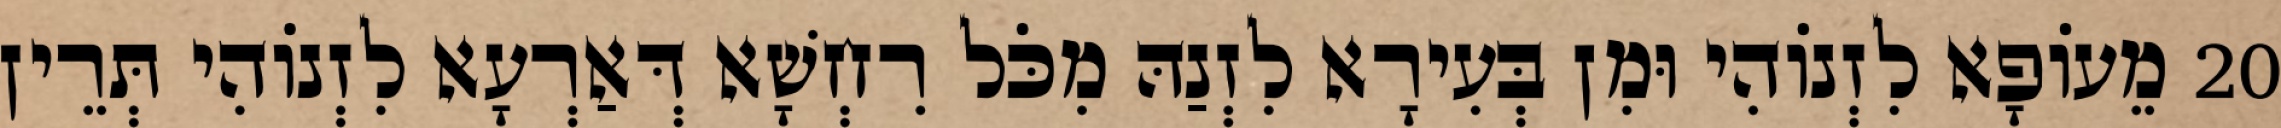
20 מֵעוֹפָא לִזְנוֹהִי וּמִן בְּעִירָא לִזְנַהּ מִכֹּל רִחְשָׁא דְּאַרְעָא לִזְנוֹהִי תְּרֵין